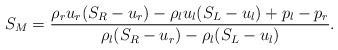
LaTeX: \begin{align*}S_M=\frac{\rho_ru_r(S_R-u_r)-\rho_lu_l(S_L-u_l)+p_l-p_r} {\rho_l(S_R-u_r)-\rho_l(S_L-u_l)}.\end{align*}